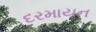
દરમાયન